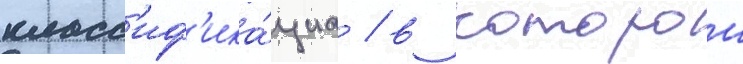
класс'иф'ика́циа / в которои